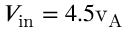
V _ { \mathrm { i n } } = 4 . 5 \mathrm { v _ { A } }